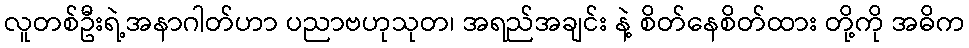
လူတစ်ဦးရဲ့အနာဂါတ်ဟာ ပညာဗဟုသုတ၊ အရည်အချင်း နဲ့ စိတ်နေစိတ်ထား တို့ကို အဓိက